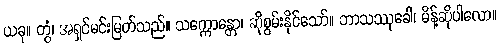
ယခု။ တွံ၊ အရှင်မင်းမြတ်သည်။ သက္ကောန္တော၊ ဆိုစွမ်းနိုင်သော်။ ဘာသဿုခေါ၊ မိန့်ဆိုပါလော။